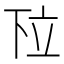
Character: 𬔗